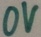
Text: 0V